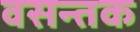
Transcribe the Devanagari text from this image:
वसन्तक